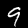
Label: 9